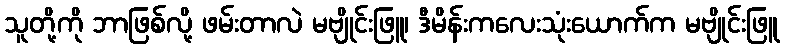
သူတို့ကို ဘာဖြစ်လို့ ဖမ်းတာလဲ မဗျိုင်းဖြူ၊ ဒီမိန်းကလေးသုံးယောက်က မဗျိုင်းဖြူ